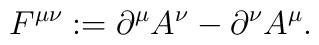
F^{\mu\nu}:=\partial^{\mu}A^{\nu}-\partial^{\nu}A^{\mu}.